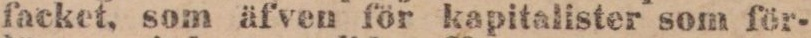
facket, som äfven för kapitalister som för-